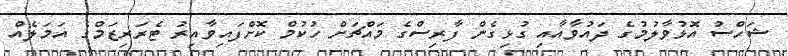
ޝަހްސު އޮޅުވާލުމުގެ ދައުވާއާއި ގުޅިގެން ފާރިސްގެ މައްޗަށް ހުކުމް ކޮށްފައިވާއިރު ޓެރަރިޒަމްގެ އަމަލެއް